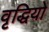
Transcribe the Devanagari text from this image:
वृद्धियो